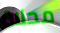
محلاة